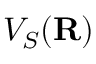
V _ { S } ( { \bf R } )